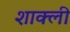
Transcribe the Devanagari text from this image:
शाक्ली